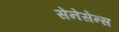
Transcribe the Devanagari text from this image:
सेनेसेन्स